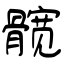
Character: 髋